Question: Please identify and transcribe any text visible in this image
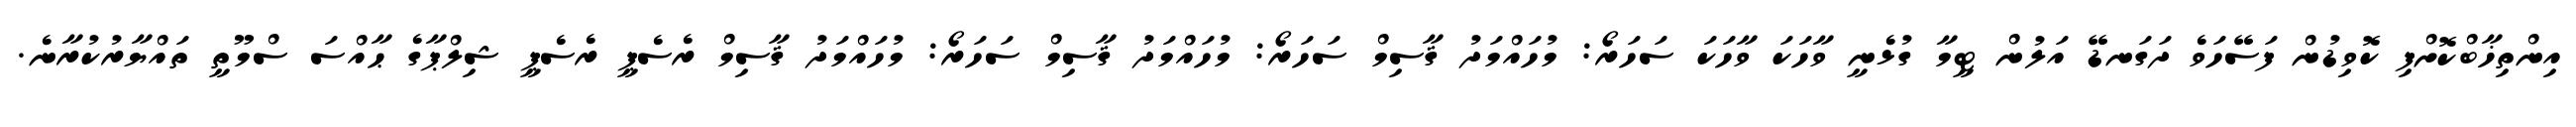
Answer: އިންތިޚާބްކޮށްފި ކޮވިޑުން ފަސޭހަވެ ދަގަނޑޭ އަލުން ޓީމާ ގުޅެނީ ވާހަކަ ވާހަކަ ސަހަރޯ: މުހައްމަދު ޤާސިމް ސަހަރޯ: މުހައްމަދު ޤާސިމް ސަހަރޯ: މުހައްމަދު ޤާސިމް ރެސެޕީ ރެސެޕީ ޝިލްޕާގެ ޙާއްސަ ސްމޫތީ ތައްޔާރުކުރާނެ.